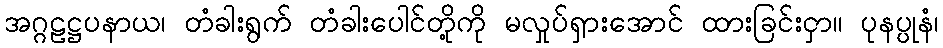
အဂ္ဂဠဋ္ဌပနာယ၊ တံခါးရွက် တံခါးပေါင်တို့ကို မလှုပ်ရှားအောင် ထားခြင်းငှာ။ ပုနပ္ပုနံ၊